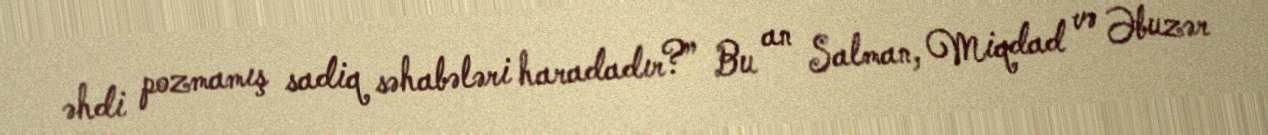
əhdi pozmamış sadiq səhabələri haradadır?” Bu an Salman, Miqdad və Əbuzər